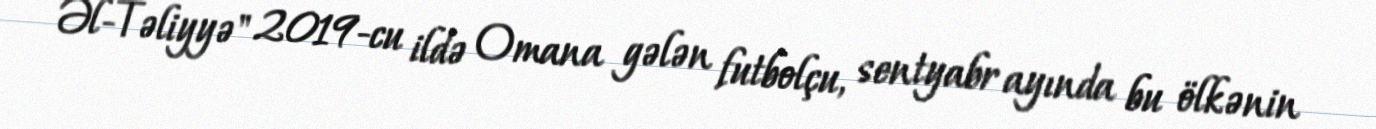
Əl-Təliyyə" 2019-cu ildə Omana gələn futbolçu, sentyabr ayında bu ölkənin